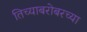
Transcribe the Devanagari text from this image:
तिच्याबरोबरच्या